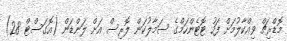
މޮޑްރިޗް ވިއްކާލުމަށް ފަހު ޓޮޓެންހަމްގެ ސަމާލުކަން ލޮރިސް އަށް ލަންޑަން (އޮގަސްޓް 28)